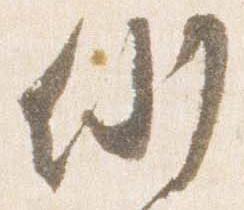
例